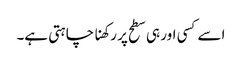
اسے کسی اور ہی سطح پر رکھنا چاہتی ہے۔